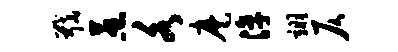
戢惹各麾淳翊仄